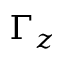
\Gamma _ { z }